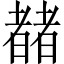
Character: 𬚍